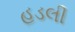
હડલી